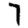
Digit: 7